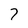
Character: 7